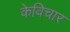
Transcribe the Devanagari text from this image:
केविचार